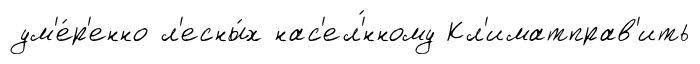
ум'е́р'енно л'есны́х нас'ел'́нному Кл'иматправ'ить